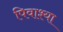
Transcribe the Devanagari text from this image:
पिवाश्या